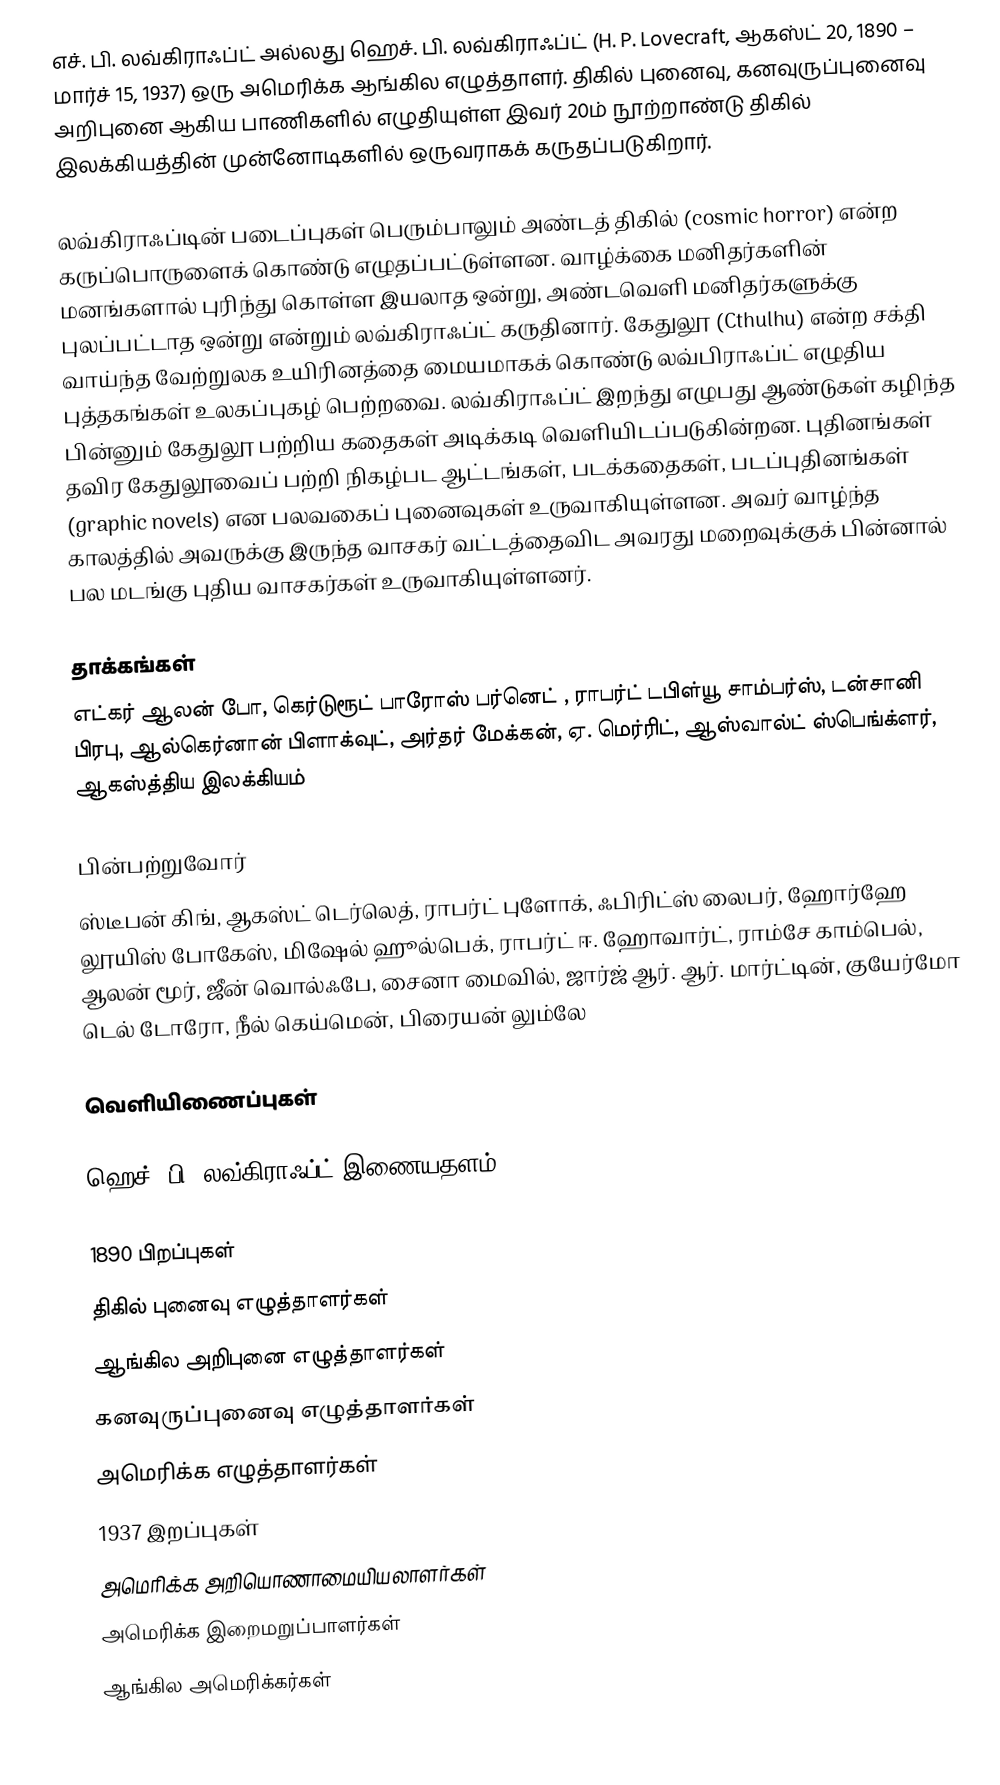
எச். பி. லவ்கிராஃப்ட் அல்லது ஹெச். பி. லவ்கிராஃப்ட் (H. P. Lovecraft, ஆகஸ்ட் 20, 1890 – மார்ச் 15, 1937) ஒரு அமெரிக்க ஆங்கில எழுத்தாளர். திகில் புனைவு, கனவுருப்புனைவு அறிபுனை ஆகிய பாணிகளில் எழுதியுள்ள இவர் 20ம் நூற்றாண்டு திகில் இலக்கியத்தின் முன்னோடிகளில் ஒருவராகக் கருதப்படுகிறார்.

லவ்கிராஃப்டின் படைப்புகள் பெரும்பாலும் அண்டத் திகில் (cosmic horror) என்ற கருப்பொருளைக் கொண்டு எழுதப்பட்டுள்ளன. வாழ்க்கை மனிதர்களின் மனங்களால் புரிந்து கொள்ள இயலாத ஒன்று, அண்டவெளி மனிதர்களுக்கு புலப்பட்டாத ஒன்று என்றும் லவ்கிராஃப்ட் கருதினார். கேதுலூ (Cthulhu) என்ற சக்தி வாய்ந்த வேற்றுலக உயிரினத்தை மையமாகக் கொண்டு லவ்பிராஃப்ட் எழுதிய புத்தகங்கள் உலகப்புகழ் பெற்றவை. லவ்கிராஃப்ட் இறந்து எழுபது ஆண்டுகள் கழிந்த பின்னும் கேதுலூ பற்றிய கதைகள் அடிக்கடி வெளியிடப்படுகின்றன.  புதினங்கள் தவிர கேதுலூவைப் பற்றி நிகழ்பட ஆட்டங்கள், படக்கதைகள், படப்புதினங்கள் (graphic novels) என பலவகைப் புனைவுகள் உருவாகியுள்ளன. அவர் வாழ்ந்த காலத்தில் அவருக்கு இருந்த வாசகர் வட்டத்தைவிட அவரது மறைவுக்குக் பின்னால் பல மடங்கு புதிய வாசகர்கள் உருவாகியுள்ளனர்.

தாக்கங்கள்
எட்கர் ஆலன் போ, கெர்டுரூட் பாரோஸ் பர்னெட் , ராபர்ட் டபிள்யூ சாம்பர்ஸ், டன்சானி பிரபு, ஆல்கெர்னான் பிளாக்வுட், அர்தர் மேக்கன், ஏ. மெர்ரிட், ஆஸ்வால்ட் ஸ்பெங்க்ளர்,  ஆகஸ்த்திய இலக்கியம்

பின்பற்றுவோர்
ஸ்டீபன் கிங், ஆகஸ்ட் டெர்லெத், ராபர்ட் புளோக், ஃபிரிட்ஸ் லைபர், ஹோர்ஹே லூயிஸ் போகேஸ், மிஷேல் ஹூல்பெக், ராபர்ட் ஈ. ஹோவார்ட், ராம்சே காம்பெல், ஆலன் மூர், ஜீன் வொல்ஃபே, சைனா மைவில், ஜார்ஜ் ஆர். ஆர். மார்ட்டின், குயேர்மோ டெல் டோரோ, நீல் கெய்மென், பிரையன் லும்லே

வெளியிணைப்புகள்

 ஹெச். பி. லவ்கிராஃப்ட் இணையதளம்

1890 பிறப்புகள்
திகில் புனைவு எழுத்தாளர்கள்
ஆங்கில அறிபுனை எழுத்தாளர்கள்
கனவுருப்புனைவு எழுத்தாளர்கள்
அமெரிக்க எழுத்தாளர்கள்
1937 இறப்புகள்
அமெரிக்க அறியொணாமையியலாளர்கள்
அமெரிக்க இறைமறுப்பாளர்கள்
ஆங்கில அமெரிக்கர்கள்